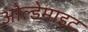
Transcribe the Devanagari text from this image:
ओल्डेमाइट